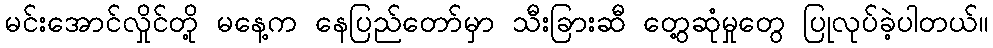
မင်းအောင်လှိုင်တို့ မနေ့က နေပြည်တော်မှာ သီးခြားဆီ တွေ့ဆုံမှုတွေ ပြုလုပ်ခဲ့ပါတယ်။